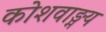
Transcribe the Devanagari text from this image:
कोशवाङ्मय